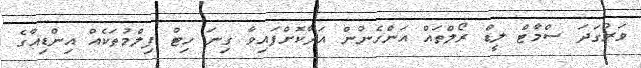
ވަރުގަދަ ސްމާޓް ލީޑް ރޯލްތައް އަންހެނުން އަދާކޮށްފައިވާ ގިނަ ހިޓް ފިލްމުތަކެއް އިންޑިއާގެ